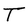
Character: T